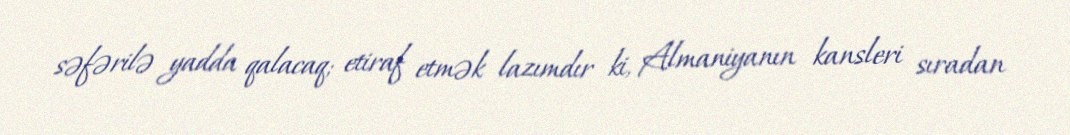
səfərilə yadda qalacaq; etiraf etmək lazımdır ki, Almaniyanın kansleri sıradan